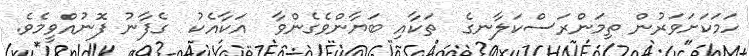
ހަމަކަށަވަރުން ތިމަންރަސްކަލާނގެ  ތަކާއި ބަޔާންވެގެންވާ  އަކާއެކު  ގެފާނު ފޮނުއްވީމެވެ.